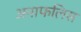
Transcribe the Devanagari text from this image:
अनाफलिस